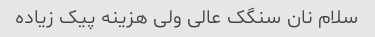
سلام نان سنگک عالی ولی هزینه پیک زیاده